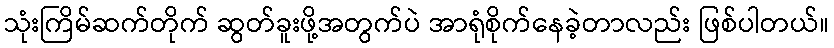
သုံးကြိမ်ဆက်တိုက် ဆွတ်ခူးဖို့အတွက်ပဲ အာရုံစိုက်နေခဲ့တာလည်း ဖြစ်ပါတယ်။